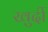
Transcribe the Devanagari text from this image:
खुर्दी